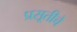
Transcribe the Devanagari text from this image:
प्रसूतीचे